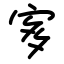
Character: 㝖